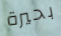
بحيرة